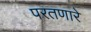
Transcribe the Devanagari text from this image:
परतणारे